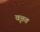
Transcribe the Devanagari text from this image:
वृत्तत